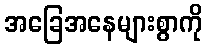
အခြေအနေများစွာကို